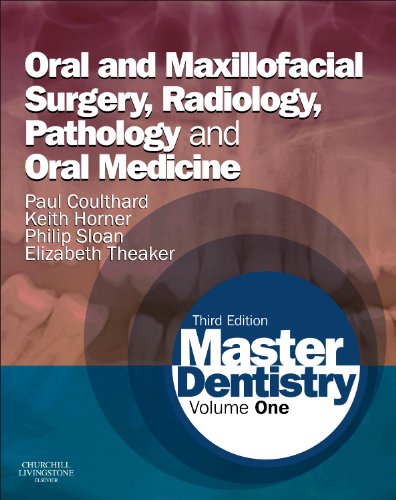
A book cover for Master Dentistry: Volume 1: Oral and Maxillofacial Surgery, Radiology, Pathology and Oral Medicine, 3e; Paul Coulthard BDS  MFGDP  MDS  FDSRCS  PhD; Medical Books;